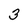
Character: 3